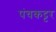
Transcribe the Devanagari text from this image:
पंचकट्टर